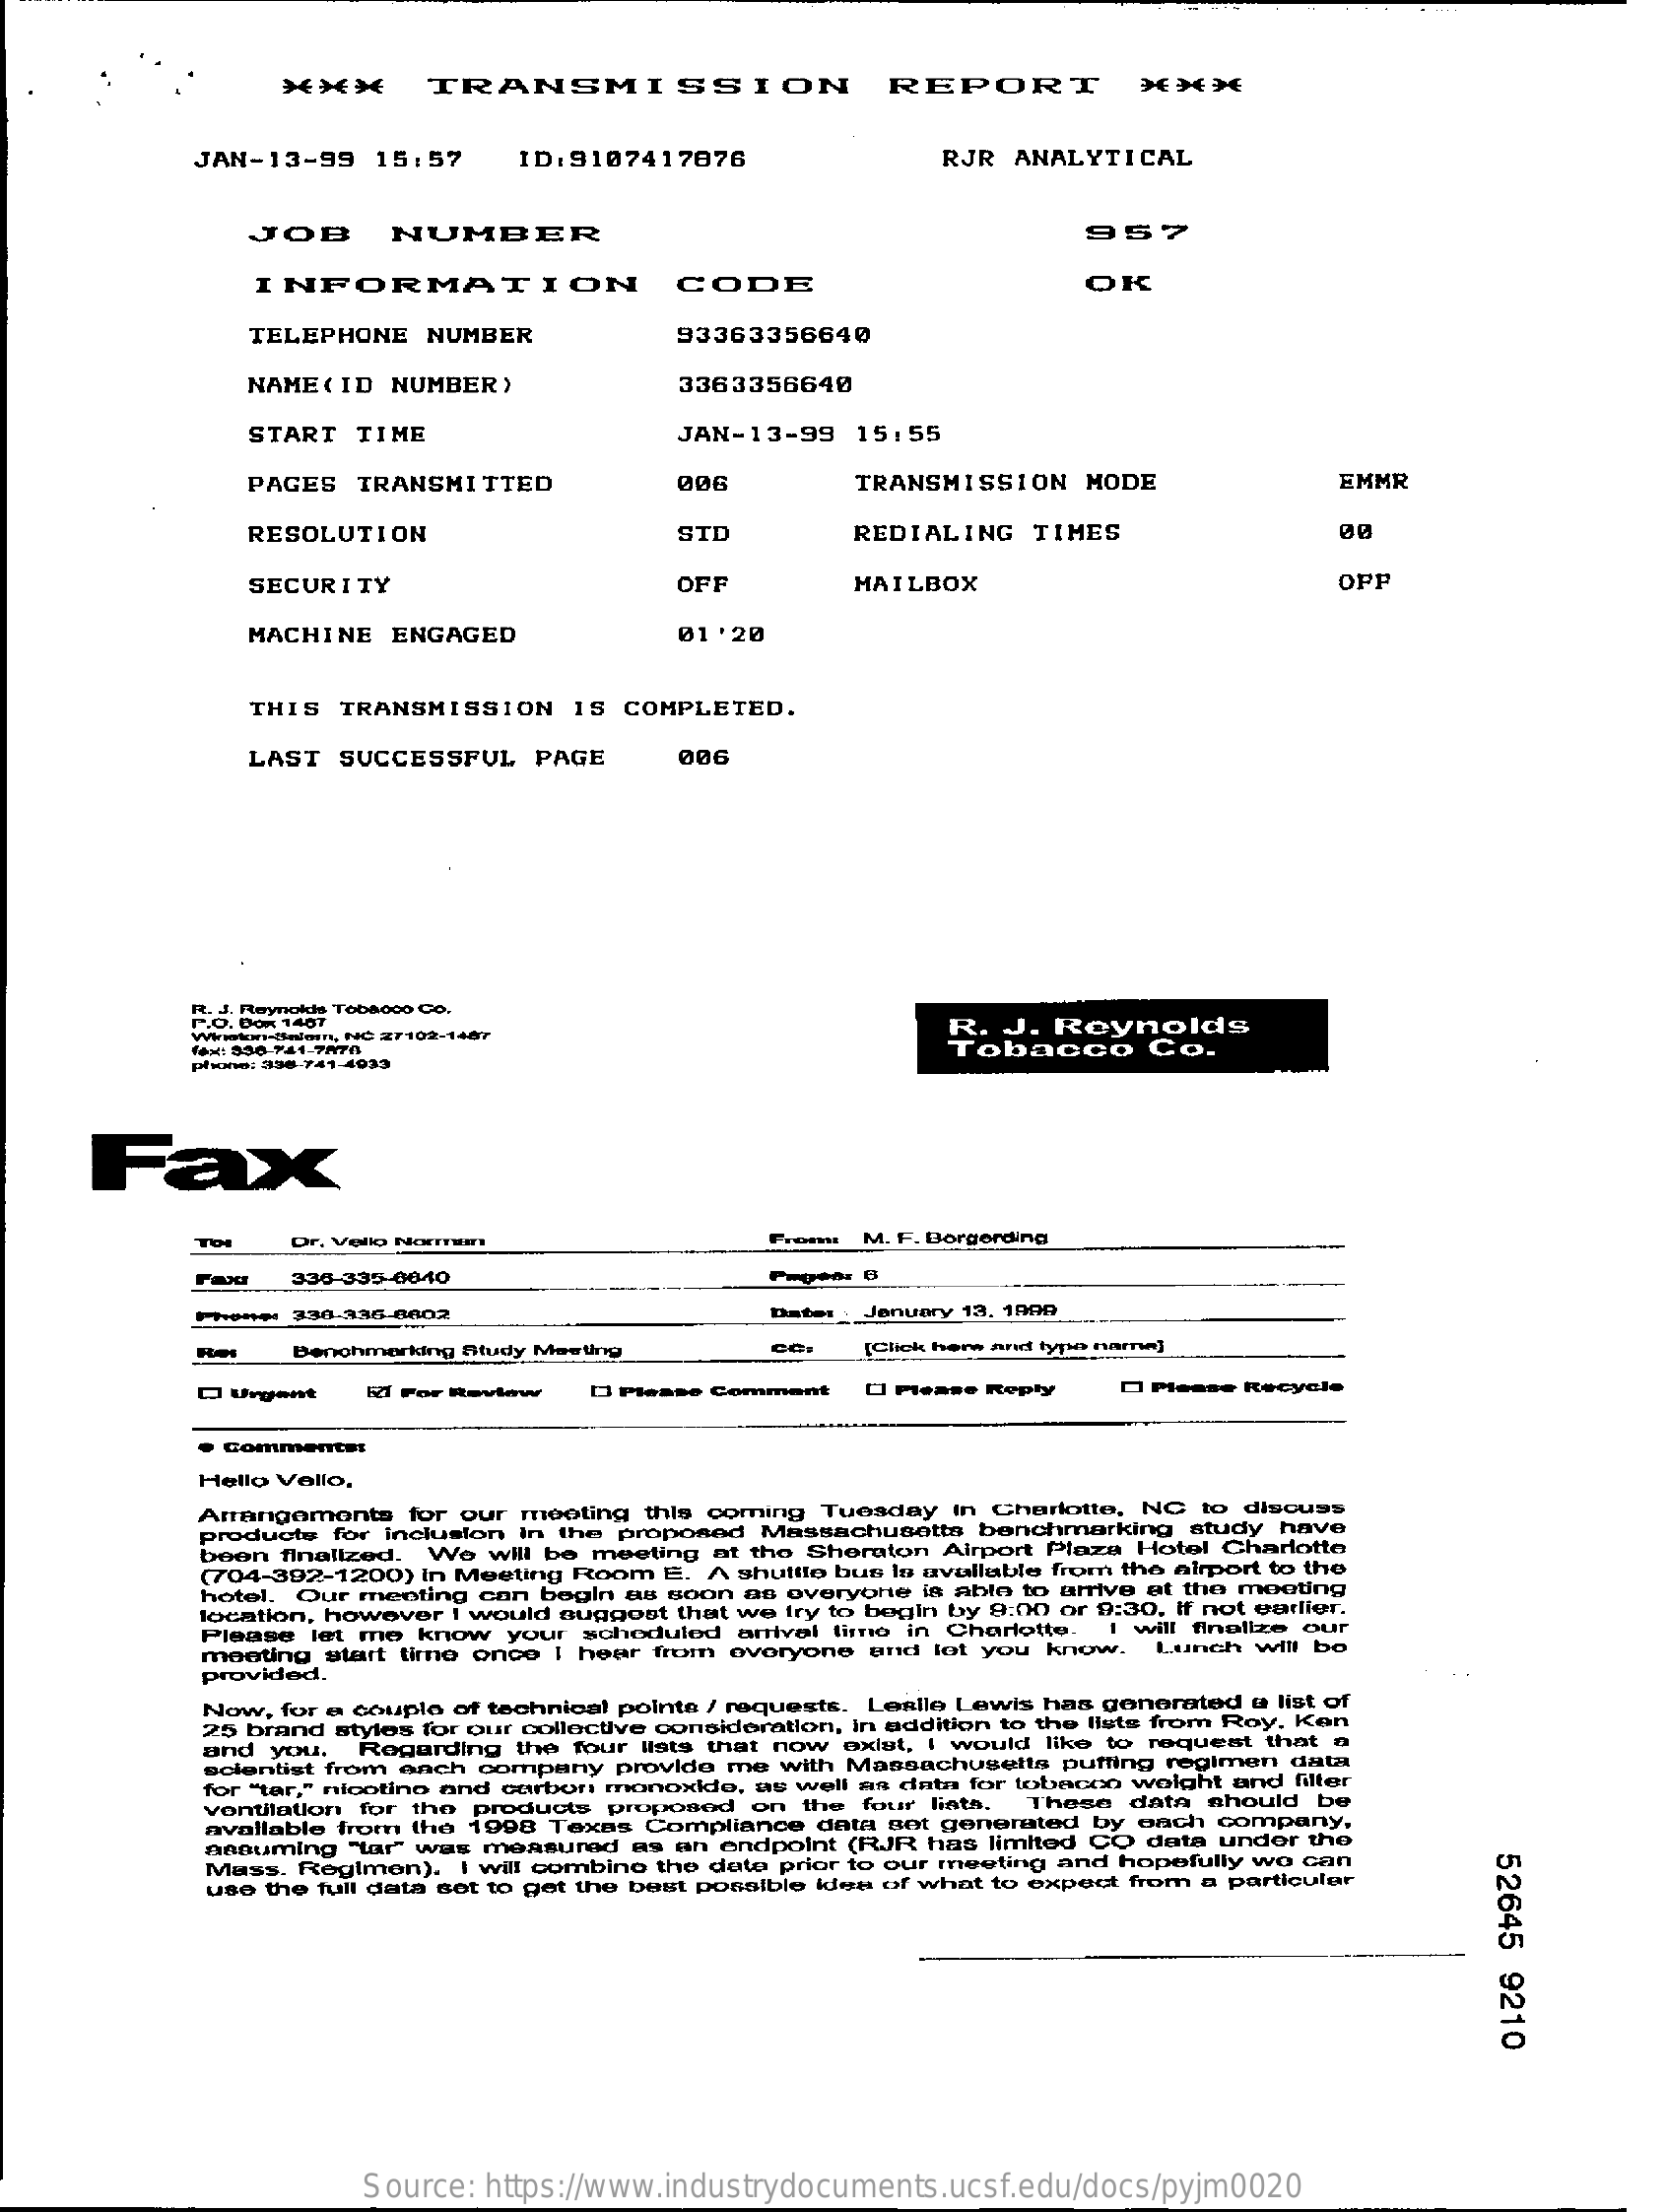
***    TRANSMISSION    REPORT
     JAN-13-99   15:57    ID:9107417076    RJR  ANALYTICAL
     JOB    NUMBER    957
     INFORMATION    CODE    OK
     TELEPHONE  NUMBER    93363356640
     NAME ( ID NUMBER>    3363356640
     START  TIME    JAN-13-99   15:55
     PAGES TRANSMITTED    206    TRANSMISSION  MODE    EMMR
     RESOLUTION    3TD    REDIALING   TIMES    00
     SECURITY    OPP    MAILBOX    OFF
     MACHINE  ENGAGED    01'20
     THIS TRANSMISSION   IS COMPLETED.
     LAST  SUCCESSFUL   PAGE    006
     Rt. J. Reynolds Toba000 Co.
     P.O. DOR 1467
     Winston-Salem, NC 27102-1467    R. J. Reynolds
     fax: 938-741-7874
     phono: 396-741-4933
     Tobacco    Co.
     Fax
     Toi   Dr. Vello Normon    From: M. F. Borgerding
     330-335-0040
     Phony: 336-336-0602    Master . January 13, 1900
     Benchmarking Study Meeting    [Click here and type name]
     Q Urgent   El For Review    O Please Reply    Recycle
     Commenter
     Hello Vallo,
     Arrangements  for our meeting this coming Tuesday In Charlotte, NC to discuss
     products for inclusion In the proposed Massachusetts benchmarking study have
     boon finalized. We will be meeting at the Sheraton Airport Plaza Hotel Charlotte
     (704-392-1200) In Meeting Room E. A shuttle bus In avallable from the airport to the
     hotel. Our meeting can begin as soon as overyohe is able to unive at the mooting
     location, however i would suggest that we fry to begin by 8:00 or 9:30, If not earlier.
     Please let me know  your scheduled anval time in Charlotte. 1 will finalize our
     provided.
     mooting start time onco I hear from everyone and let you know. Lunch will bo
     Now, for a couple of technical pointe / requests. Leslle Lewis has generated e list of
     25 brand styles for our collective consideration, In addition to the lists from Roy. Ken
     and you. Regarding the four lists that now exlet, I would like to request that n
     scientist from onch company provido me with Massachusetts puffing regimen data
     for "tar," nicolino and carbon monoxide, as well as data for tobacco weight and filter
     ventilation for the products proposed on the four lista, These data should be
     available from the 1998 Texas Compliance data set generated by each company.
     assuming "lar" was measured as an ondpoint (RJR has limited CO data undor the
     52645
     9210
     Mass. Reglmen). I will combine the date prior to our meeting and hopefully wo can
     use the full data sot to get the best possible idea of what to expect from a particular
     Source: https://www.industrydocuments.ucsf.edu/docs/pyjm0020